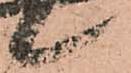
候